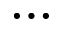
\ldots